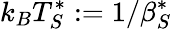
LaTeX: k_{B}T_{S}^{*}\mathrel{\mathop:}=1/\beta_{S}^{*}